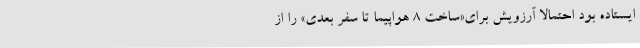
ایستاده بود احتمالا آرزویش برای«ساخت ۸ هواپیما تا سفر بعدی» را از